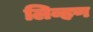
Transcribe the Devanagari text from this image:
लिव्हण